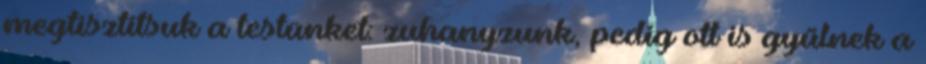
megtisztítsuk a testünket: zuhanyzunk, pedig ott is gyűlnek a